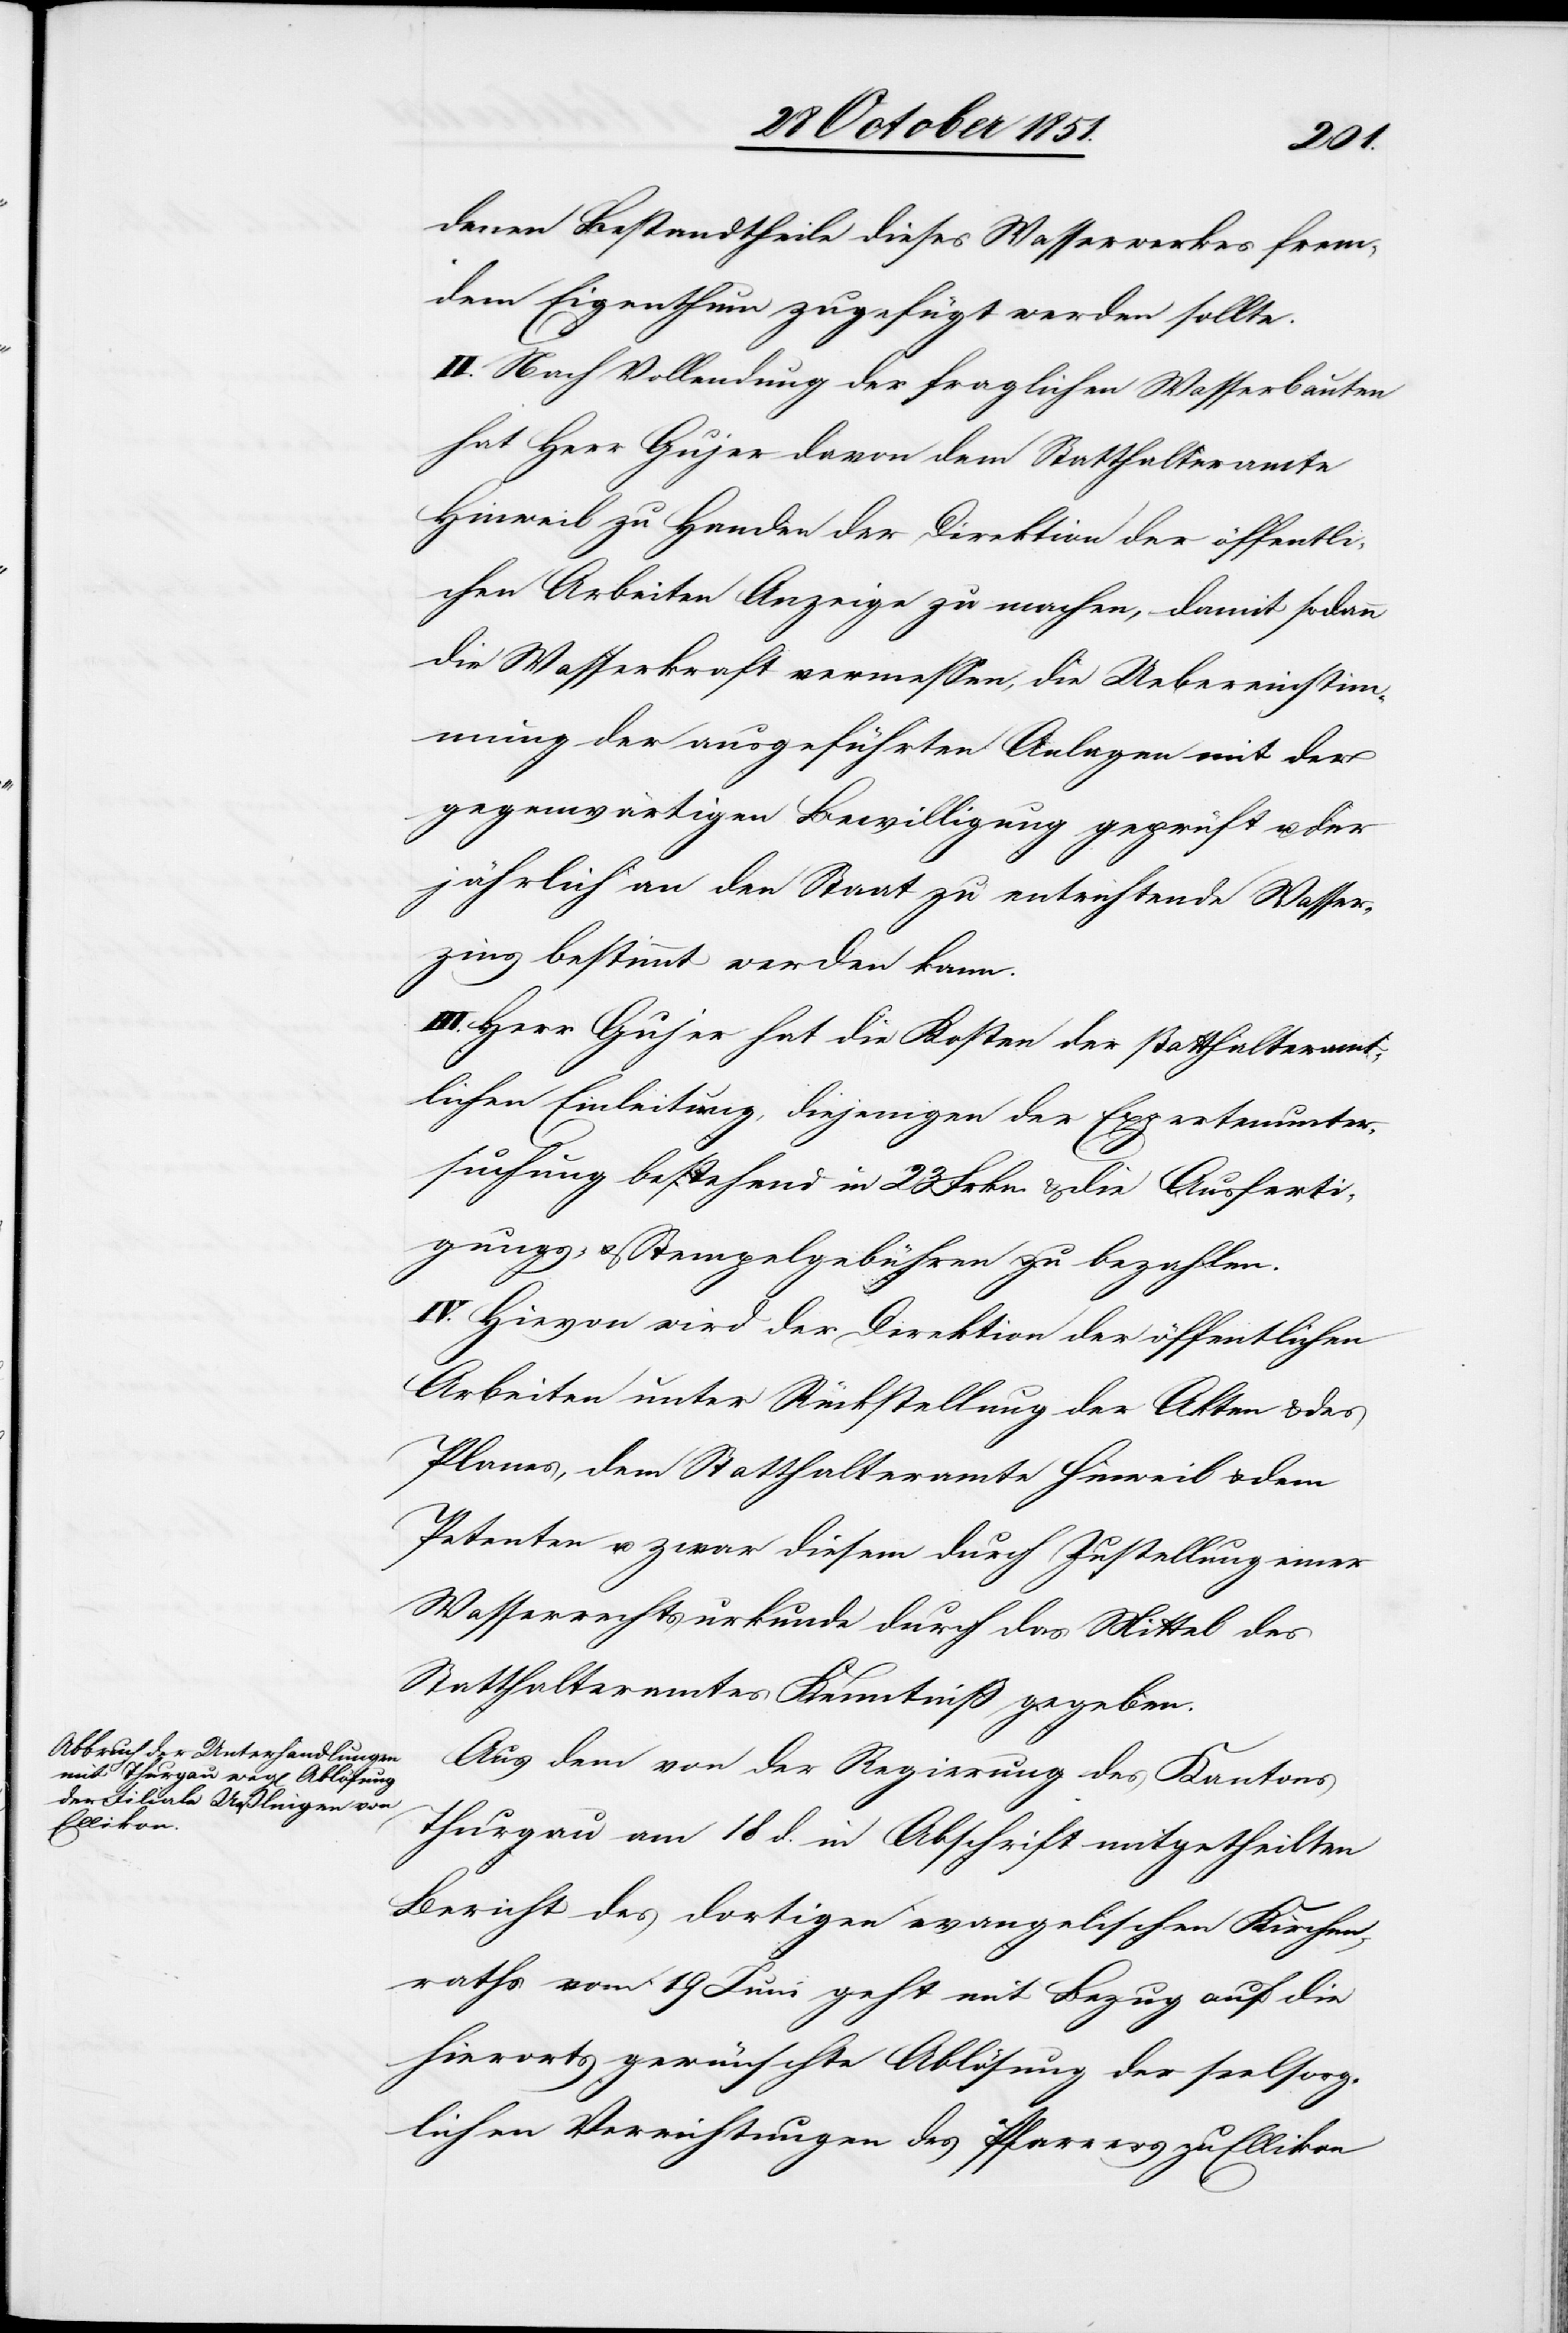
denen Bestandtheile dieses Wasserwerkes frem¬
dem Eigenthum zugefügt werden sollte.
II. Nach Vollendung der fraglichen Wasserbauten
hat Herr Gujer davon dem Statthalteramte
Hinweil zu Handen der Direktion der öffentli¬
chen Arbeiten Anzeige zu machen, damit sodann
die Wasserkraft vermessen, die Uebereinstim¬
mung der ausgeführten Anlagen mit der
gegenwärtigen Bewilligung geprüft u. der
jährlich an den Staat zu entrichtende Wasser¬
zins bestimmt werden kann.
III. Herr Gujer hat die Kosten der statthalteramt¬
lichen Einleitung, diejenigen der Expertenunter¬
suchung bestehend in 23 Frkn. & die Ausferti¬
gungs- & Stempelgebühren zu bezahlen.
IV. Hievon wird der Direktion der öffentlichen
Arbeiten unter Rückstellung der Akten & des
Planes, dem Statthalteramte Hinweil & dem
Petenten u. zwar diesem durch Zustellung einer
Wasserrechtsurkunde durch das Mittel des
Statthalteramtes Kenntniß gegeben.
Aus dem von der Regierung des Kantons
Thurgau am 18 d. in Abschrift mitgetheilten
Bericht des dortigen evangelischen Kirchen¬
raths vom 19 Juni geht mit Bezug auf die
hierorts gewünschte Ablösung der seelsorg¬
lichen Verrichtungen des Pfarrers zu Ellikon